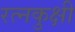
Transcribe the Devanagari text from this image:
रत्नकुक्षी